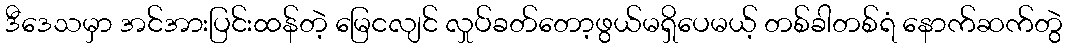
ဒီဒေသမှာ အင်အားပြင်းထန်တဲ့ မြေငလျင် လှုပ်ခတ်တော့ဖွယ်မရှိပေမယ့် တစ်ခါတစ်ရံ နောက်ဆက်တွဲ